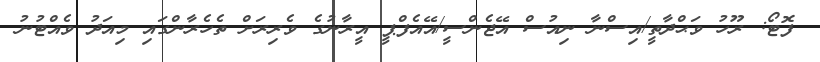
ފޮޓޯ: ރޫހު ވަޙްދާތީ/އިސްނާ ނިއުސް އޭޖެންސީ/އޭއެފްޕީ އީރާނުގެ ވެރިރަށް ތެހެރާންގައި މިއަދު ވެއްޓުނު